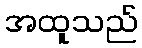
အထူသည်